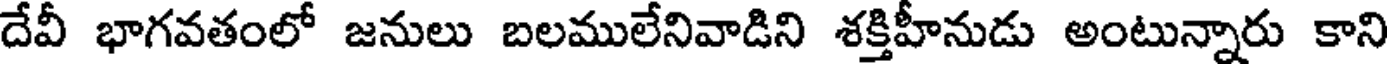
దేవీ భాగవతంలో జనులు బలములేనివాడిని శక్తిహీనుడు అంటున్నారు కాని